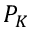
P _ { K }